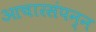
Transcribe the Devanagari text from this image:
आचारसंपन्न